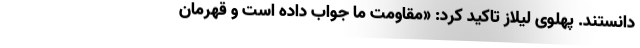
دانستند. پهلوی لیلاز تاکید کرد: «مقاومت ما جواب داده است و قهرمان